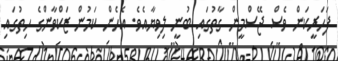
ފަހަރީކަން ވެސް ޖޭސްމީން ގާތުގައި ބުނީ ލިވިޔާއެވެ. އެހެން ކަމުން ޒަކްވާންގެ ހިތުގައި